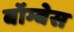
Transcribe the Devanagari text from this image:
बॉम्बेस